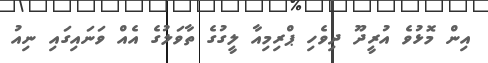
އިން މޮޅުވެ އުރީދޫ ދިވެހި ޕްރިމިއާ ލީގުގެ ތާވަލުގެ އެއް ވަނައިގައި ނިއު